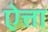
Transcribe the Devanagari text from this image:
ऐत्ता